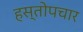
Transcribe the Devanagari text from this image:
हस्तोपचार